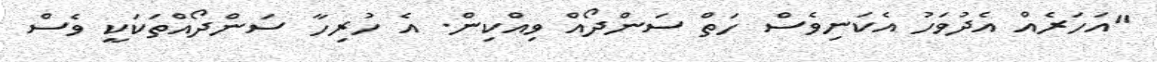
''އަހަރެއް އެދުވަހު އެކަނިވެސް ހަތް ސަންދޯއް ވިއްކިން. އެ ހުރިހާ ސަންދޯއްތަކަކީ ވެސް